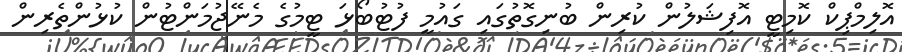
އޮލިމްޕިކް ކޮމިޓީ އޮފިޝަލުން ކުރިން ބުނިގޮތުގައި ގައުމީ ފުޓުބޯޅަ ޓީމުގެ މެނޭޖުމަންޓުން ކުޅުންތެރިން